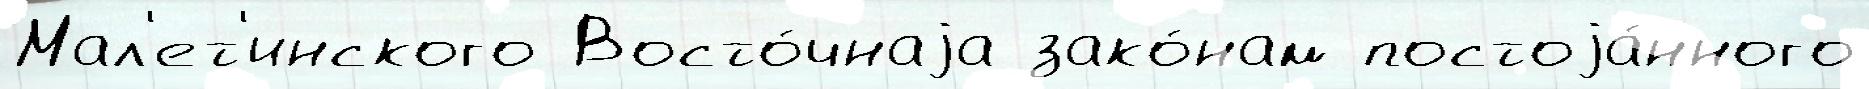
Мал'ет'инского Восто́чнаjа зако́нам постоjа́нного